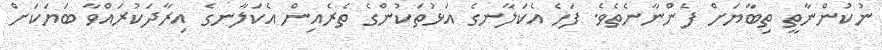
ނުކުންނާތީ ތިބާޔަށް ފެންނާނެތެވެ. ފަހެ އެކަލާނގެ އަޅުތަކުންގެ ތެރެއިން އެކަލާނގެ އިރާދަކުރައްވާ ބަޔަކަށް